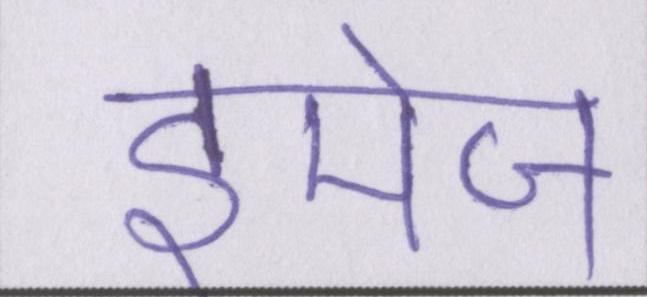
इमेज